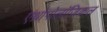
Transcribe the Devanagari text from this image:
एंथ्रोपोलॉजिकल